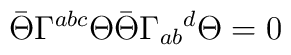
\bar{\Theta} \Gamma^{abc} \Theta \bar{\Theta} \Gamma_{ab}{}^d \Theta = 0